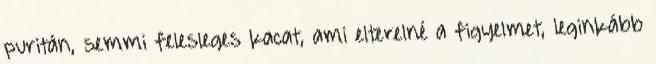
puritán, semmi felesleges kacat, ami elterelné a figyelmet, leginkább